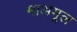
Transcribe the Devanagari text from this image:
माअमूल